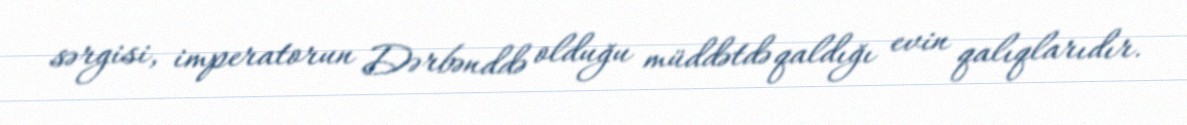
sərgisi, imperatorun Dərbənddə olduğu müddətdə qaldığı evin qalıqlarıdır.